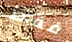
فقط